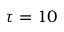
\tau = 1 0